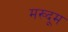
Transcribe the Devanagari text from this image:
मख्दूम